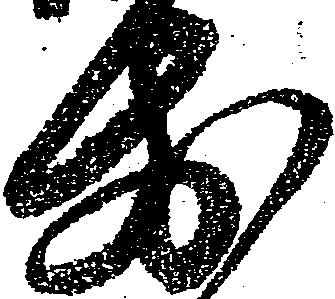
前